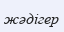
жәдігер